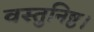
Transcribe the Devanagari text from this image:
वस्तुनिष्ठ।